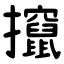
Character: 攛